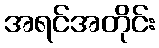
အရင်အတိုင်း